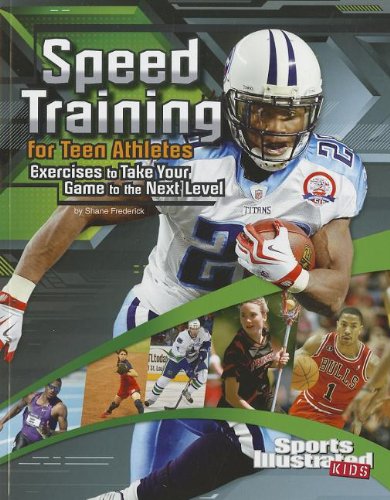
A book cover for Speed Training for Teen Athletes: Exercises to Take Your Game to the Next Level (Sports Training Zone); Shane Frederick; Health, Fitness & Dieting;